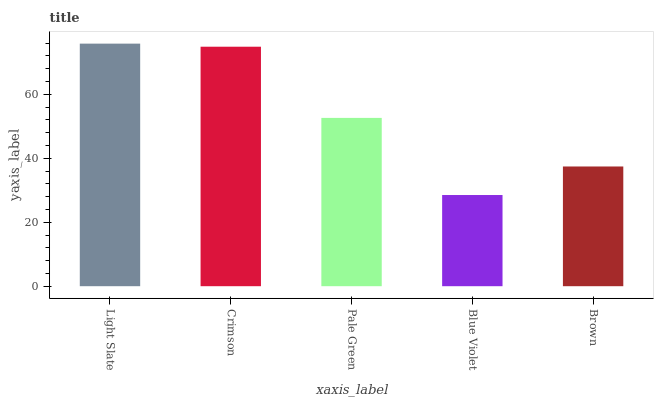
| xaxis_label | bars |
 | --- | --- |
 | Light Slate | 75.8 |
 | Crimson | 74.9 |
 | Pale Green | 52.6 |
 | Blue Violet | 28.5 |
 | Brown | 37.4 |